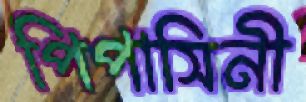
পিপাসিনী